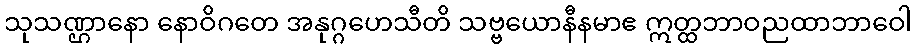
သုသဏ္ဌာနော နောဝိဂတေ အနုဂ္ဂဟေသီတိ သဗ္ဗယောနီနမာဧ ဣတ္ထဘာဝညထာဘာဝေါ